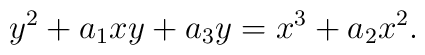
y^2 + a_1 xy + a_3 y = x^3 + a_2 x^2.